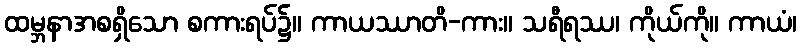
ထမ္ဘနာအစရှိသော စကားရပ်၌။ ကာယဿာတိ-ကား။ သရီရဿ၊ ကိုယ်ကို။ ကာယံ၊